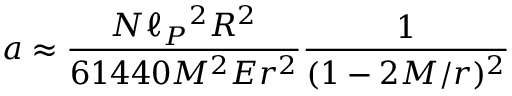
a \approx { \frac { N \ell _ { P } { } ^ { 2 } R ^ { 2 } } { 6 1 4 4 0 M ^ { 2 } E r ^ { 2 } } } { \frac { 1 } { ( 1 - 2 M / r ) ^ { 2 } } }